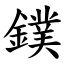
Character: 鏷